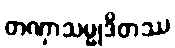
တဏှာသမ္မုဒိတဿ